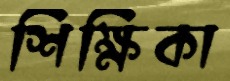
শিক্ষিকা